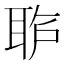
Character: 𱻺